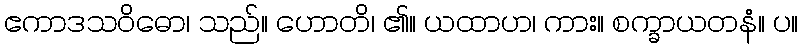
ဧကာဒသဝိဓော၊ သည်။ ဟောတိ၊ ၏။ ယထာဟ၊ ကား။ စက္ခာယတနံ။ ပ။